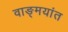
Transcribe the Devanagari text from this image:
वाङ्मयांत